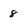
Character: 8